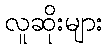
လူဆိုးများ